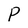
Character: P